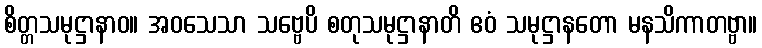
စိတ္တသမုဋ္ဌာနာဝ။ အဝသေသာ သဗ္ဗေပိ စတုသမုဋ္ဌာနာတိ ဧဝံ သမုဋ္ဌာနတော မနသိကာတဗ္ဗာ။